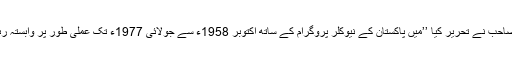
بھٹو صاحب نے تحریر کیا ’’میں پاکستان کے نیوکلر پروگرام کے ساتھ اکتوبر 1958ء سے جولائی 1977ء تک عملی طور پر وابستہ رہا ہوں۔